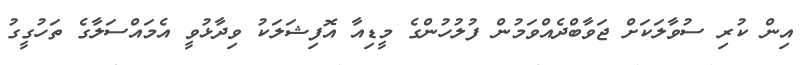
އިން ކުރި ސުވާލަކަށް ޖަވާބްދެއްވަމުން ފުލުހުންގެ މީޑިއާ އޮފިޝަލަކު ވިދާޅުވީ އެމައްސަލާގެ ތަހުގީގު